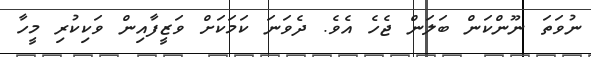
ނުވަތަ ނޫންކަން ބަލަން ޖެހެ އެވެ. ދެވަނަ ކަމަކަށް ވަޒީފާއިން ވަކިކުރި މީހާ